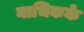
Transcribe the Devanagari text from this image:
नाभिकके